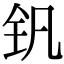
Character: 钒